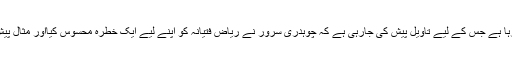
جس کے لیے لفظی طورپر تحریک انصاف پنجاب کے آرگنائزر چوہدری سرورکومورد الزام ٹھہرایاجارہا ہے جس کے لیے تاویل پیش کی جارہی ہے کہ چوہدری سرور نے ریاض فتیانہ کو اپنے لیے ایک خطرہ محسوس کیااور مثال پیش کی گئی کہ چوہدری سرور کا اپنا آبائی گاں چک نمبر 331 گ ب سلیم پور کی یونین کونسل 79 ہے۔